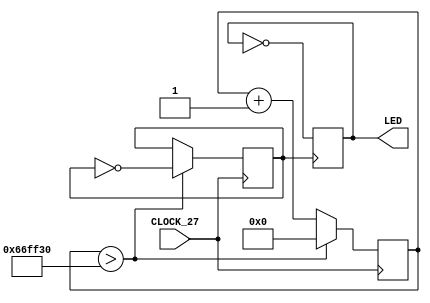
module led(
	input CLOCK_27,
	output reg LED
	);
	
	reg [31:0] counter;	
	reg clk;
	
	always@(posedge CLOCK_27) begin
		if (counter > 6750000) begin
			counter <= 0;
			clk = !clk;
		end
		else
			counter <= counter + 32'd1;
	end

	always@(posedge clk) begin
	  LED <= !LED;
	end
	
endmodule